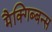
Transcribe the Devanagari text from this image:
मैक्गिब्बन्स